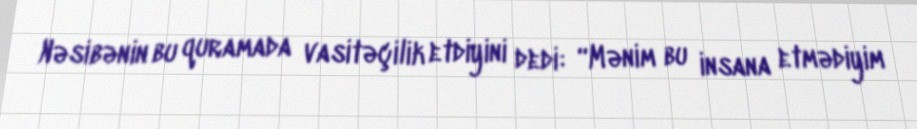
Nəsibənin bu quramada vasitəçilik etdiyini dedi: “Mənim bu insana etmədiyim